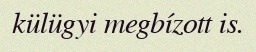
külügyi megbízott is.